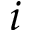
i